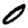
Digit: 0